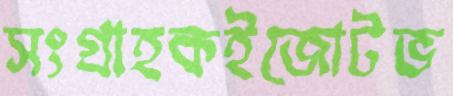
সংগ্রাহকইজোটভ